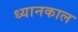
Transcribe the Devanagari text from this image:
ध्यानकाल